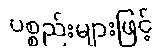
ပစ္စည်းများဖြင့်